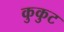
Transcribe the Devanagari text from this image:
कुकुट